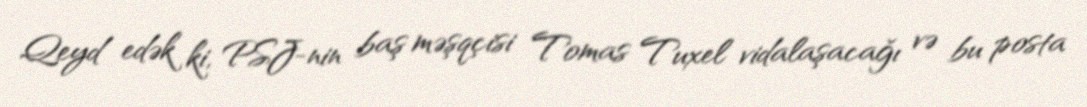
Qeyd edək ki, PSJ-nin baş məşqçisi Tomas Tuxel vidalaşacağı və bu posta